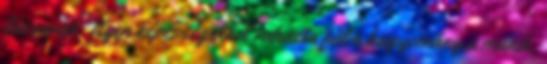
lássanak. Ilyen képességekkel ruházta föl a hagyomány a munik,